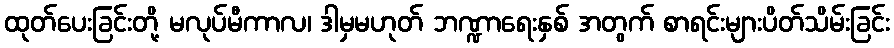
ထုတ်ပေးခြင်းတို့ မလုပ်မီကာလ၊ ဒါမှမဟုတ် ဘဏ္ဍာရေးနှစ် အတွက် စာရင်းများပိတ်သိမ်းခြင်း